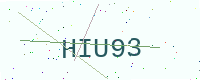
Text: HIU93